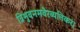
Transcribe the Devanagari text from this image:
त्रिभुवनमवैरव्यतिकरं।